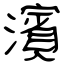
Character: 濱